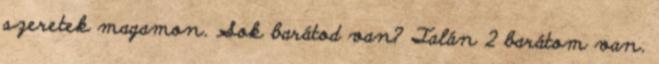
szeretek magamon. Sok barátod van? Talán 2 barátom van.